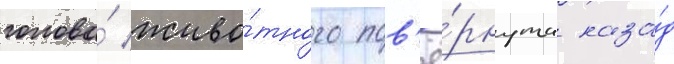
голова́ живо́тного пов'ё́рнута наза́д